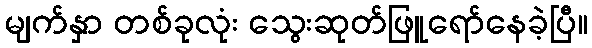
မျက်နှာ တစ်ခုလုံး သွေးဆုတ်ဖြူရော်နေခဲ့ပြီ။